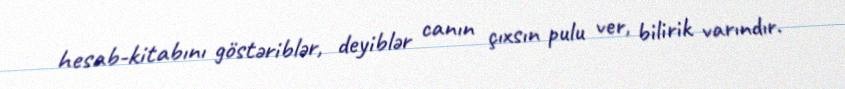
hesab-kitabını göstəriblər, deyiblər canın çıxsın pulu ver, bilirik varındır.